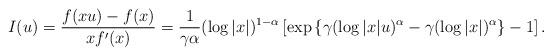
LaTeX: \begin{align*}I(u) = \frac{f(xu) - f(x)}{x f'(x)} =\frac{1}{\gamma \alpha} (\log |x|)^{1-\alpha} \left[ \exp \left\{ \gamma (\log |x|u)^\alpha - \gamma (\log |x|)^\alpha \right\} -1 \right].\end{align*}